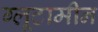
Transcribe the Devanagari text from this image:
ग्लूटामीन